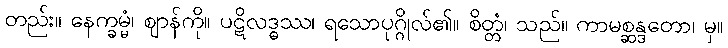
တည်း။ နေက္ခမ္မံ၊ ဈာန်ကို။ ပဋိလဒ္ဓဿ၊ ရသောပုဂ္ဂိုလ်၏။ စိတ္တံ၊ သည်။ ကာမစ္ဆန္ဒတော၊ မှ။